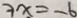
3 x = - 6